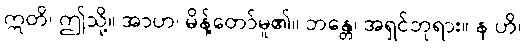
ဣတိ၊ ဤသို့။ အာဟ၊ မိန့်တော်မူ၏။ ဘန္တေ၊ အရှင်ဘုရား။ န ဟိ၊